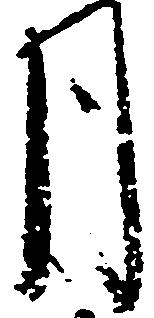
月